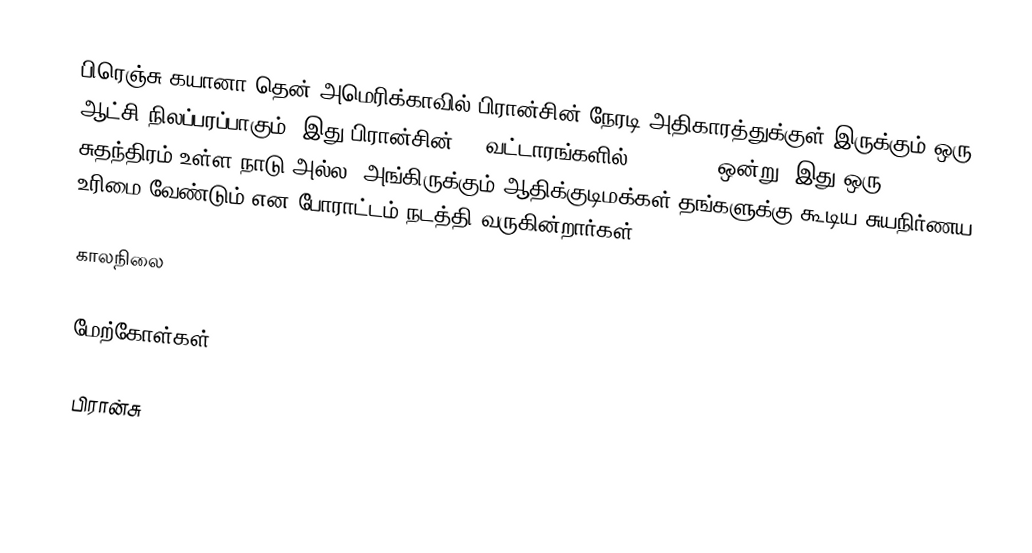
பிரெஞ்சு கயானா தென் அமெரிக்காவில் பிரான்சின் நேரடி அதிகாரத்துக்குள் இருக்கும் ஒரு ஆட்சி நிலப்பரப்பாகும். இது பிரான்சின் 28 வட்டாரங்களில் (regions) ஒன்று. இது ஒரு சுதந்திரம் உள்ள நாடு அல்ல. அங்கிருக்கும் ஆதிக்குடிமக்கள் தங்களுக்கு கூடிய சுயநிர்ணய உரிமை வேண்டும் என போராட்டம் நடத்தி வருகின்றார்கள்.

காலநிலை

மேற்கோள்கள்

பிரான்சு